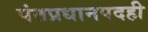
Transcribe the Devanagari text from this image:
पंतप्रधानपदही